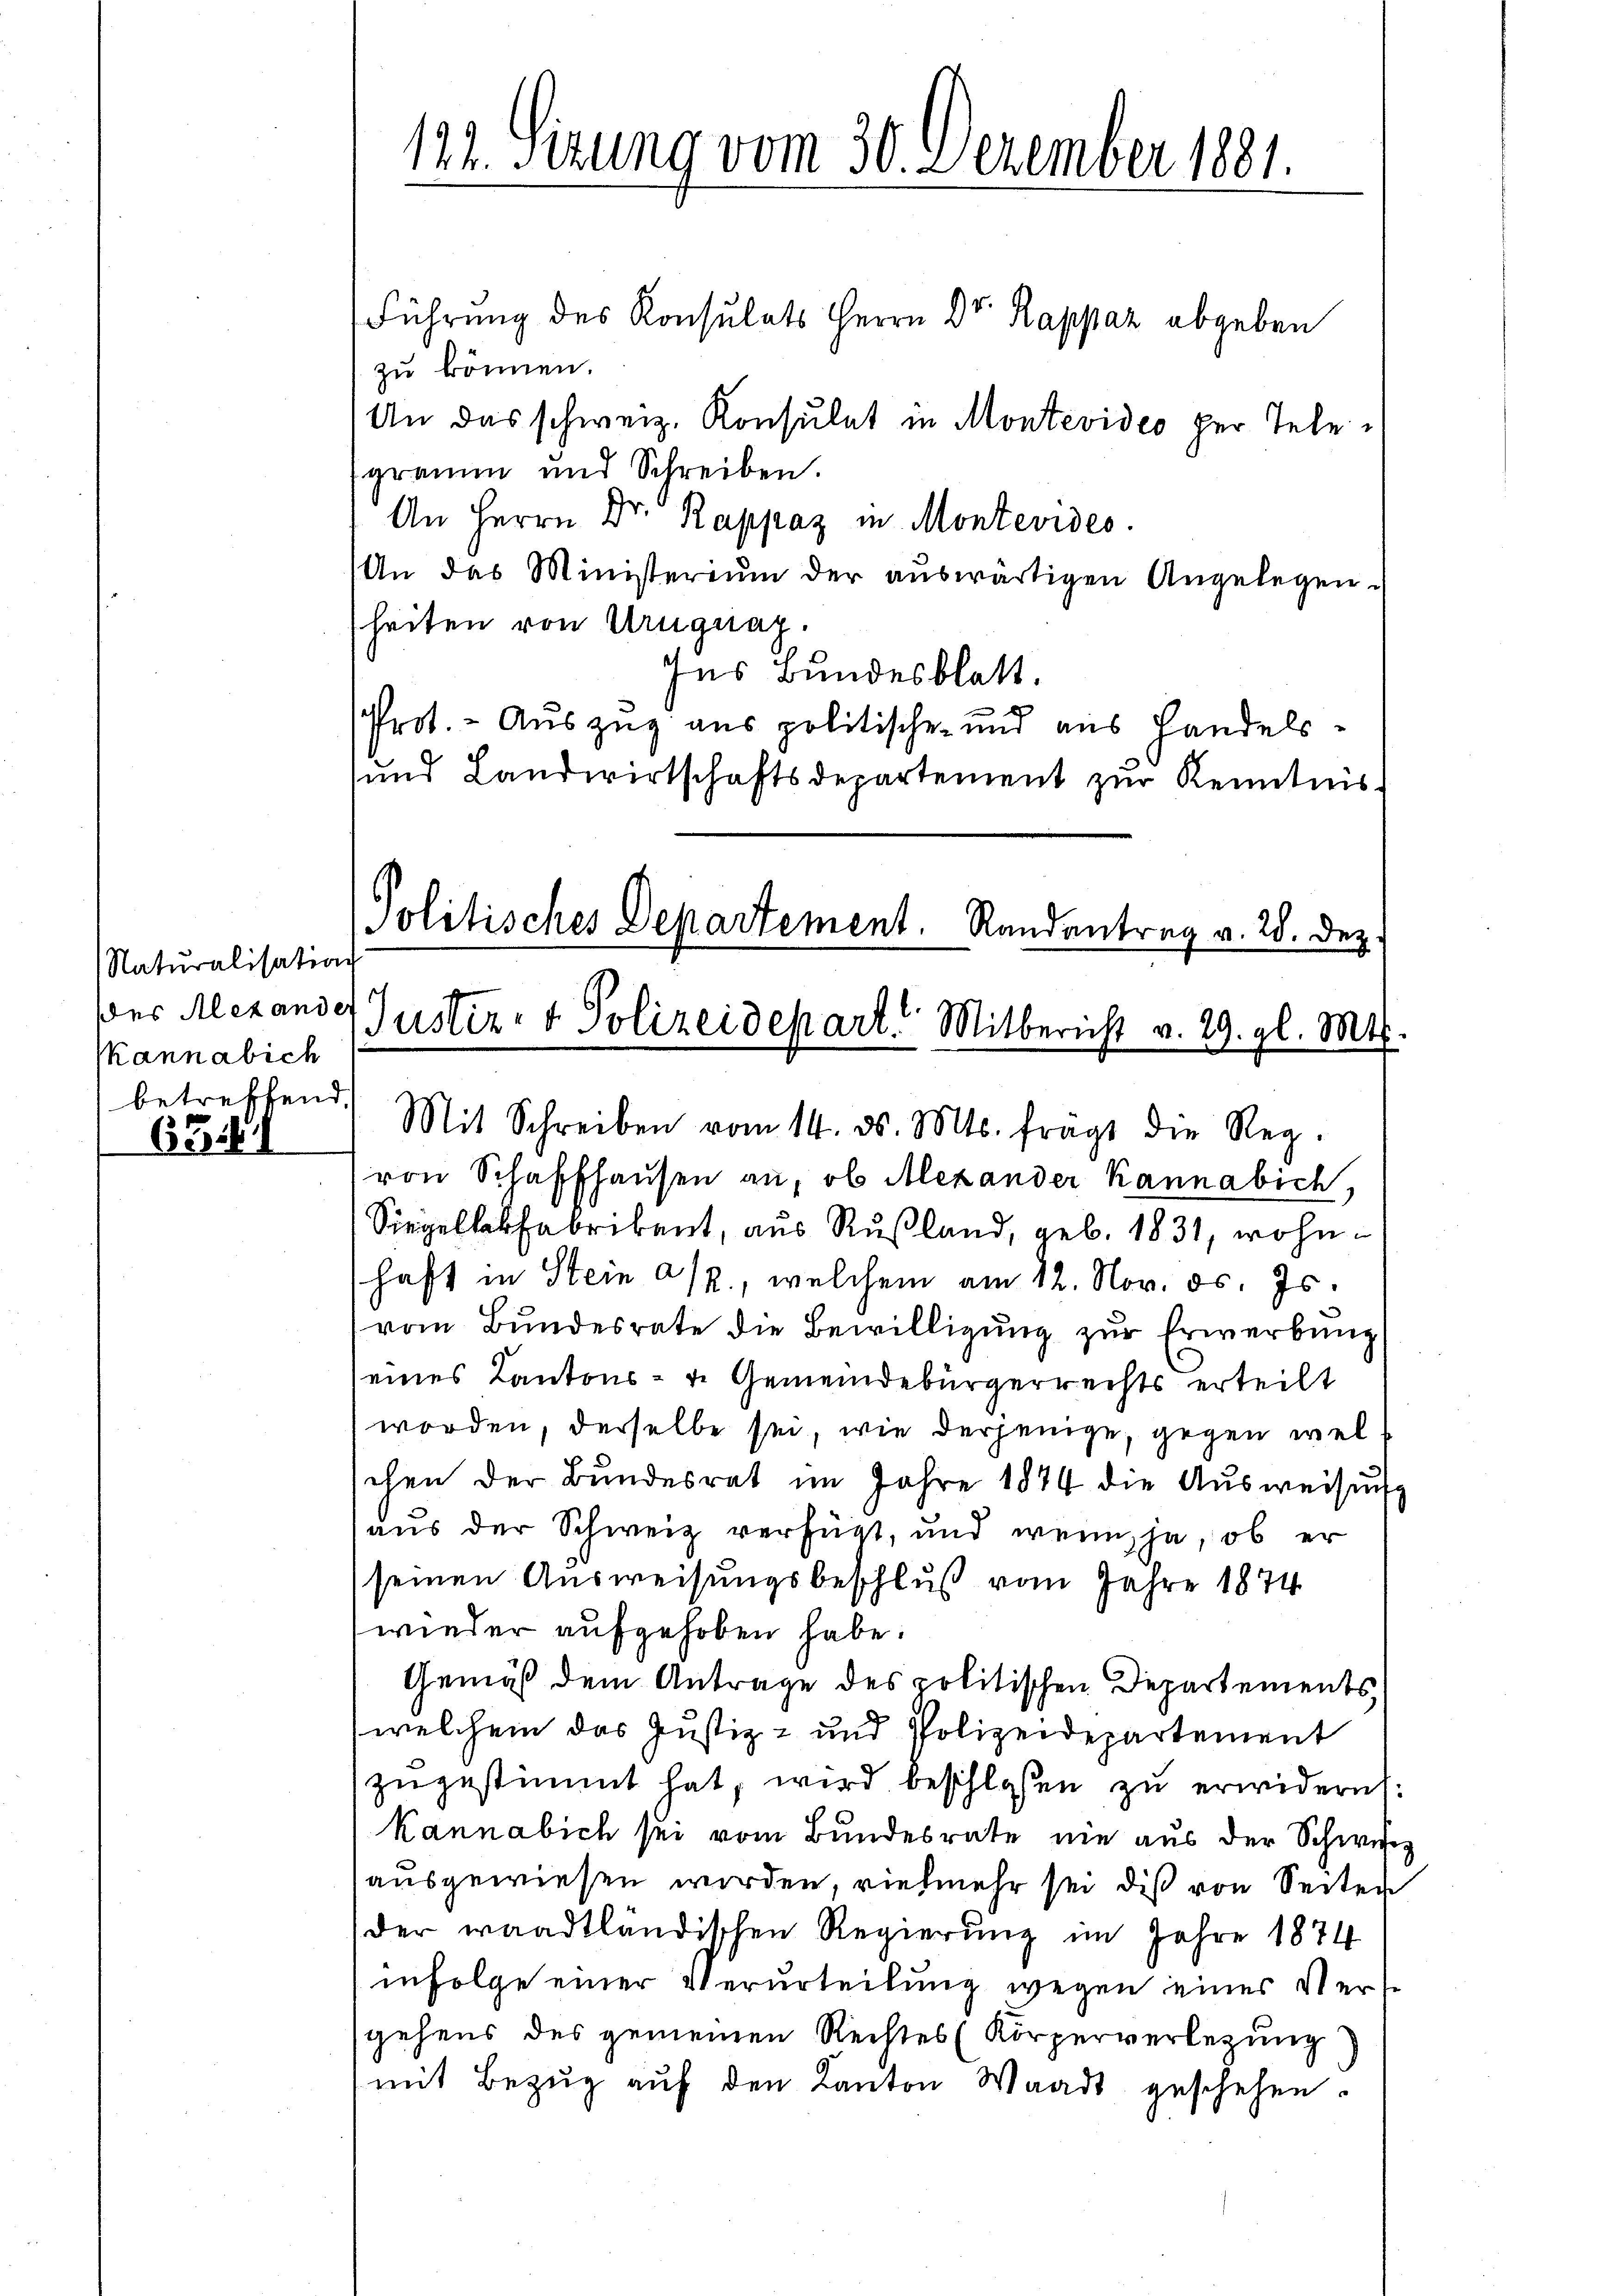
Naturalisation
(kann abich
betreffend,

6341

122. Sizung vom 30. Dezember 1881.

Führung des Konsulats Herrn Dr. Rappaz abgeben
zu können.
An das schweiz. Konsulat in Montevideo per Telegramm und Schreiben.
An Herrn Dr. Rappaz in Montevides.
An das Ministerium der aŭswärtigen Angelegen.
heiten von Uruguag.
Ins Bundesblatt.
Prot. - Auszug aus politischen und aus Handels¬
und Landwirtschaftsdepartement zur Kenntnis.
Politisches Departement. Randantrag v. 28. Dez.

Der Alexande Justiz- & Polizeidepart. Mitbericht v. 29. gl. Mts.
Mit Schreiben vom 14. ds. Mts. fragt die Reg.

von Schaffhausen an, ob Alexander Kannabich,
Siegellabfabrikant, aus Rußland, geb. 1831, wohnhaft in Stein a/2., welchem am 12. Nov. ds. Js.
vom Bundesrate die Bewilligung zur Erwerbung
eines Kantons- u. Gemeindebürgerrechts erteilt
worden, derselbe sei, wie derjenige, gegen wel
chen der Bundesrat im Jahre 1874 die Ausweisungs
aus der Schweiz verfügt, und wenn ja, ob er
seinen Ausweisungsbeschluß vom Jahre 1874
wieder aufgehoben habe.
Gemäß dem Antrage des politischen Departements
welchem das Justiz- und Polizeidepartement
zŭgestimmt hat, wird beschloßen zu erwidern:
Kannabich sei vom Bundesrate nie aus der Schweiz
ausgewiesen worden, vielmehr sei dis von Seiten
der waadtländischen Regierŭng im Jahre 1874
infolge einer Verurteilung wegen eines Verse
gehens des gemeinen Rechtes (Körperverlegung)
mit Bezŭg aŭf den Kanton Waadt geschehen.